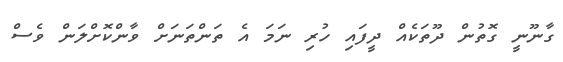
ގާނޫނީ ގޮތުން ދޫތަކެއް ދީފައި ހުރި ނަމަ އެ ތަންތަނަށް ވާންކޮށްލަން ވެސް